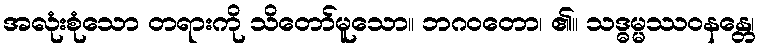
အလုံးစုံသော တရားကို သိတော်မူသော။ ဘဂဝတော၊ ၏။ သဒ္ဓမ္မဿဝနန္တေ၊